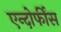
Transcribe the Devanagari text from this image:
एन्दोर्फींस